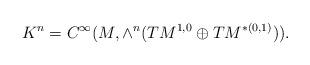
LaTeX: \begin{align*} K^n=C^\infty (M, \wedge^n(TM^{1,0}\oplus TM^{*(0,1)} )). \end{align*}